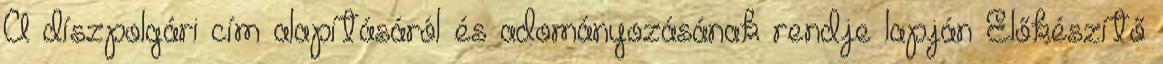
A díszpolgári cím alapításáról és adományozásának rendje lapján Előkészítő